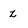
Character: z